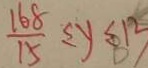
\frac { 1 6 8 } { 1 5 } \leq y \leq 1 2